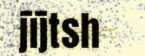
jïjtsh